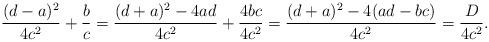
LaTeX: \begin{align*}\frac{(d-a)^2}{4c^2}+\frac{b}{c}=\frac{(d+a)^2-4ad}{4c^2}+\frac{4bc}{4c^2}=\frac{(d+a)^2-4(ad-bc)}{4c^2}=\frac{D}{4c^2}.\end{align*}